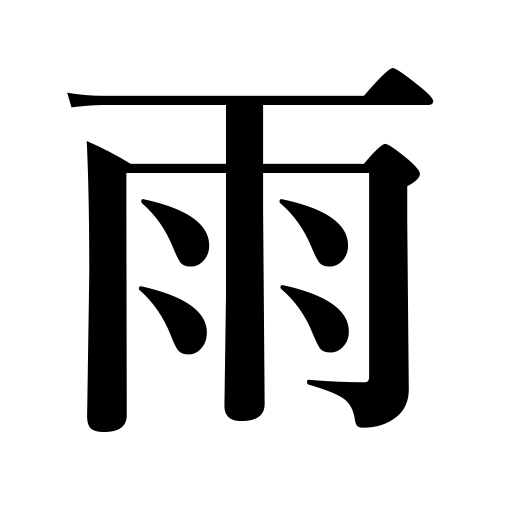
Meanings: rainfall,rain,fainfall